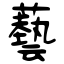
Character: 藝